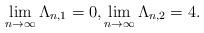
LaTeX: \begin{align*} \lim_{n\to\infty}\Lambda_{n,1}=0, \lim_{n\to\infty}\Lambda_{n,2}=4.\end{align*}